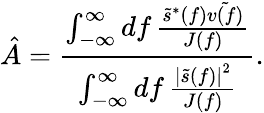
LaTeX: \hat{A}=\frac{\int_{-\infty}^{\infty}\mathop{df}\frac{\tilde{s}^{*}(f)\tilde{v(f)}}{J(f)}}{\int_{-\infty}^{\infty}\mathop{df}\frac{\left|\tilde{s}(f)\right|^{2}}{J(f)}}.